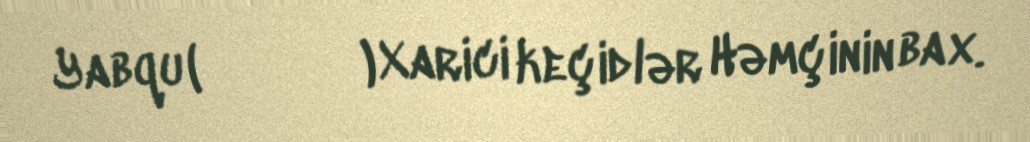
Yabqu (頓毗伽葉護) Xarici keçidlər Həmçinin bax.